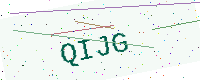
Text: QIJG